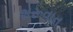
શરૂવાત